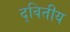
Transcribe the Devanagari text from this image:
द्‌वितीय